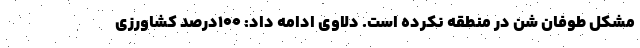
مشکل طوفان شن در منطقه نکرده است. دلاوی ادامه داد: 100درصد کشاورزی